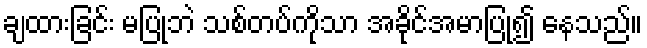
ချထားခြင်း မပြုဘဲ သစ်တပ်ကိုသာ အခိုင်အမာပြု၍ နေသည်။